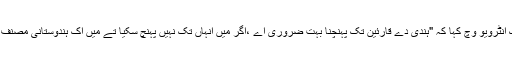
اس نے اک انٹرویو وچ کہا کہ "ہندی دے قارئین تک پہنچنا بہت ضروری اے ،اگر میں انہاں تک نہیں پہنچ سکیا تے میں اک ہندوستانی مصنف نہیں واں"۔